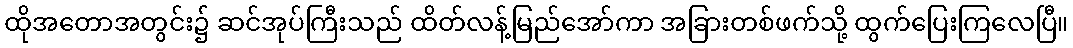
ထိုအတောအတွင်း၌ ဆင်အုပ်ကြီးသည် ထိတ်လန့်မြည်အော်ကာ အခြားတစ်ဖက်သို့ ထွက်ပြေးကြလေပြီ။